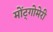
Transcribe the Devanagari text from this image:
मोंट्गोमेरी